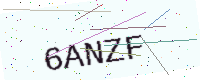
Text: 6ANZF